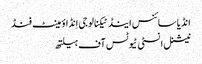
انڈیا سائنس اینڈ ٹیکنالوجی اِنڈاؤمینٹ فنڈ
نیشنل انسٹی ٹیوٹس آف ہیلتھ